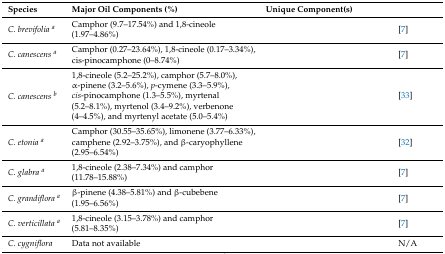
<table><thead><tr><td><b>Species</b></td><td><b>Major Oil Components (%)</b></td><td><b>Unique Component(s)</b></td><td>[EMPTY_CELL]</td></tr></thead><tbody><tr><td><i>C. brevifolia <sup>a</sup></i></td><td>Camphor (9.7–17.54%) and 1,8-cineole (1.97–4.86%)</td><td>[EMPTY_CELL]</td><td>[7]</td></tr><tr><td><i>C. canescens <sup>a</sup></i></td><td>Camphor (0.27–23.64%), 1,8-cineole (0.17–3.34%), cis-pinocamphone (0–8.74%)</td><td>[EMPTY_CELL]</td><td>[7]</td></tr><tr><td><i>C. canescens <sup>b</sup></i></td><td>1,8-cineole (5.2–25.2%), camphor (5.7–8.0%), α-pinene (3.2–5.6%), <i>p</i>-cymene (3.3–5.9%), <i>cis</i>-pinocamphone (1.3–5.5%), myrtenal (5.2–8.1%), myrtenol (3.4–9.2%), verbenone (4–4.5%), and myrtenyl acetate (5.0–5.4%)</td><td>[EMPTY_CELL]</td><td>[33]</td></tr><tr><td><i>C. etonia <sup>a</sup></i></td><td>Camphor (30.55–35.65%), limonene (3.77–6.33%), camphene (2.92–3.75%), and β-caryophyllene (2.95–6.54%)</td><td>[EMPTY_CELL]</td><td>[32]</td></tr><tr><td><i>C. glabra <sup>a</sup></i></td><td>1,8-cineole (2.38–7.34%) and camphor (11.78–15.88%)</td><td>[EMPTY_CELL]</td><td>[7]</td></tr><tr><td><i>C. grandiflora <sup>a</sup></i></td><td>β-pinene (4.38–5.81%) and β-cubebene (1.95–6.56%)</td><td>[EMPTY_CELL]</td><td>[7]</td></tr><tr><td><i>C. verticillata <sup>a</sup></i></td><td>1,8-cineole (3.15–3.78%) and camphor (5.81–8.35%)</td><td>[EMPTY_CELL]</td><td>[7]</td></tr><tr><td><i>C. cygniflora</i></td><td>Data not available</td><td>[EMPTY_CELL]</td><td>N/A</td></tr></tbody></table>